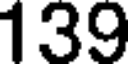
139